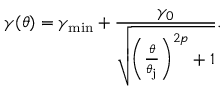
\gamma ( \theta ) = \gamma _ { \mathrm { m i n } } + \frac { \gamma _ { 0 } } { \sqrt { \left( \frac { \theta } { \theta _ { \mathrm { j } } } \right) ^ { 2 p } + 1 } } .